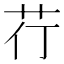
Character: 𮎡